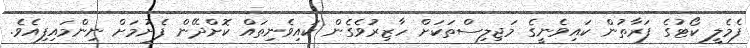
ފެމެލީ ކޯޓުގެ ފަރާތުން ކައިވެނީގެ މަޖިލިސްތަކަށް ހާޒިރުވެގެން ކައިވެނިތައް ކޮށްދޭން ފެށުމަށް ނިންމައިފިއެވެ.